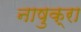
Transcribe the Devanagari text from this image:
नाषुक्रा